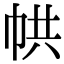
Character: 𢂔